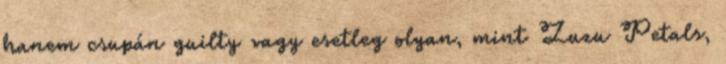
hanem csupán guilty vagy esetleg olyan, mint Zuzu Petals,